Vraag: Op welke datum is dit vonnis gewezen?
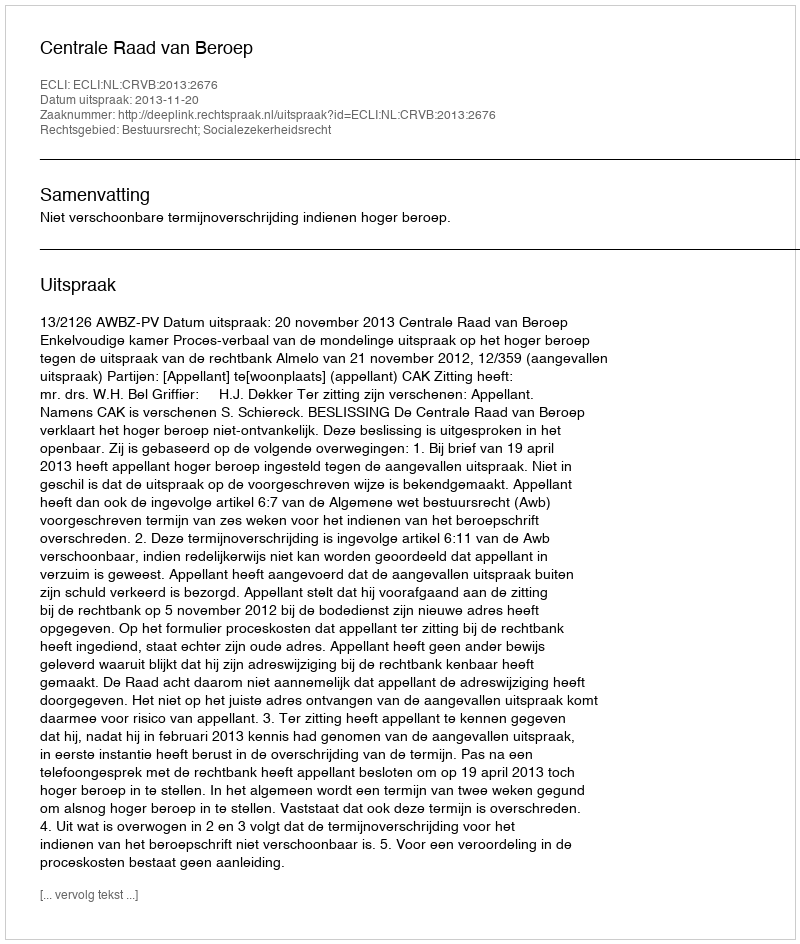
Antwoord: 2013-11-20